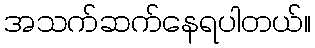
အသက်ဆက်နေရပါတယ်။